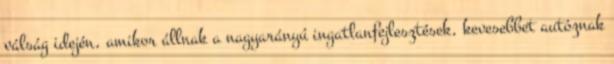
válság idején, amikor állnak a nagyarányú ingatlanfejlesztések, kevesebbet autóznak